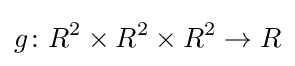
g\colon R^{2}\times R^{2}\times R^{2}\to R